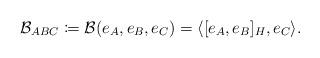
LaTeX: \begin{align*} \mathcal{B}_{ABC} \coloneqq \mathcal{B}(e_A,e_B,e_C)=\langle [e_A,e_B]_H,e_C\rangle.\end{align*}